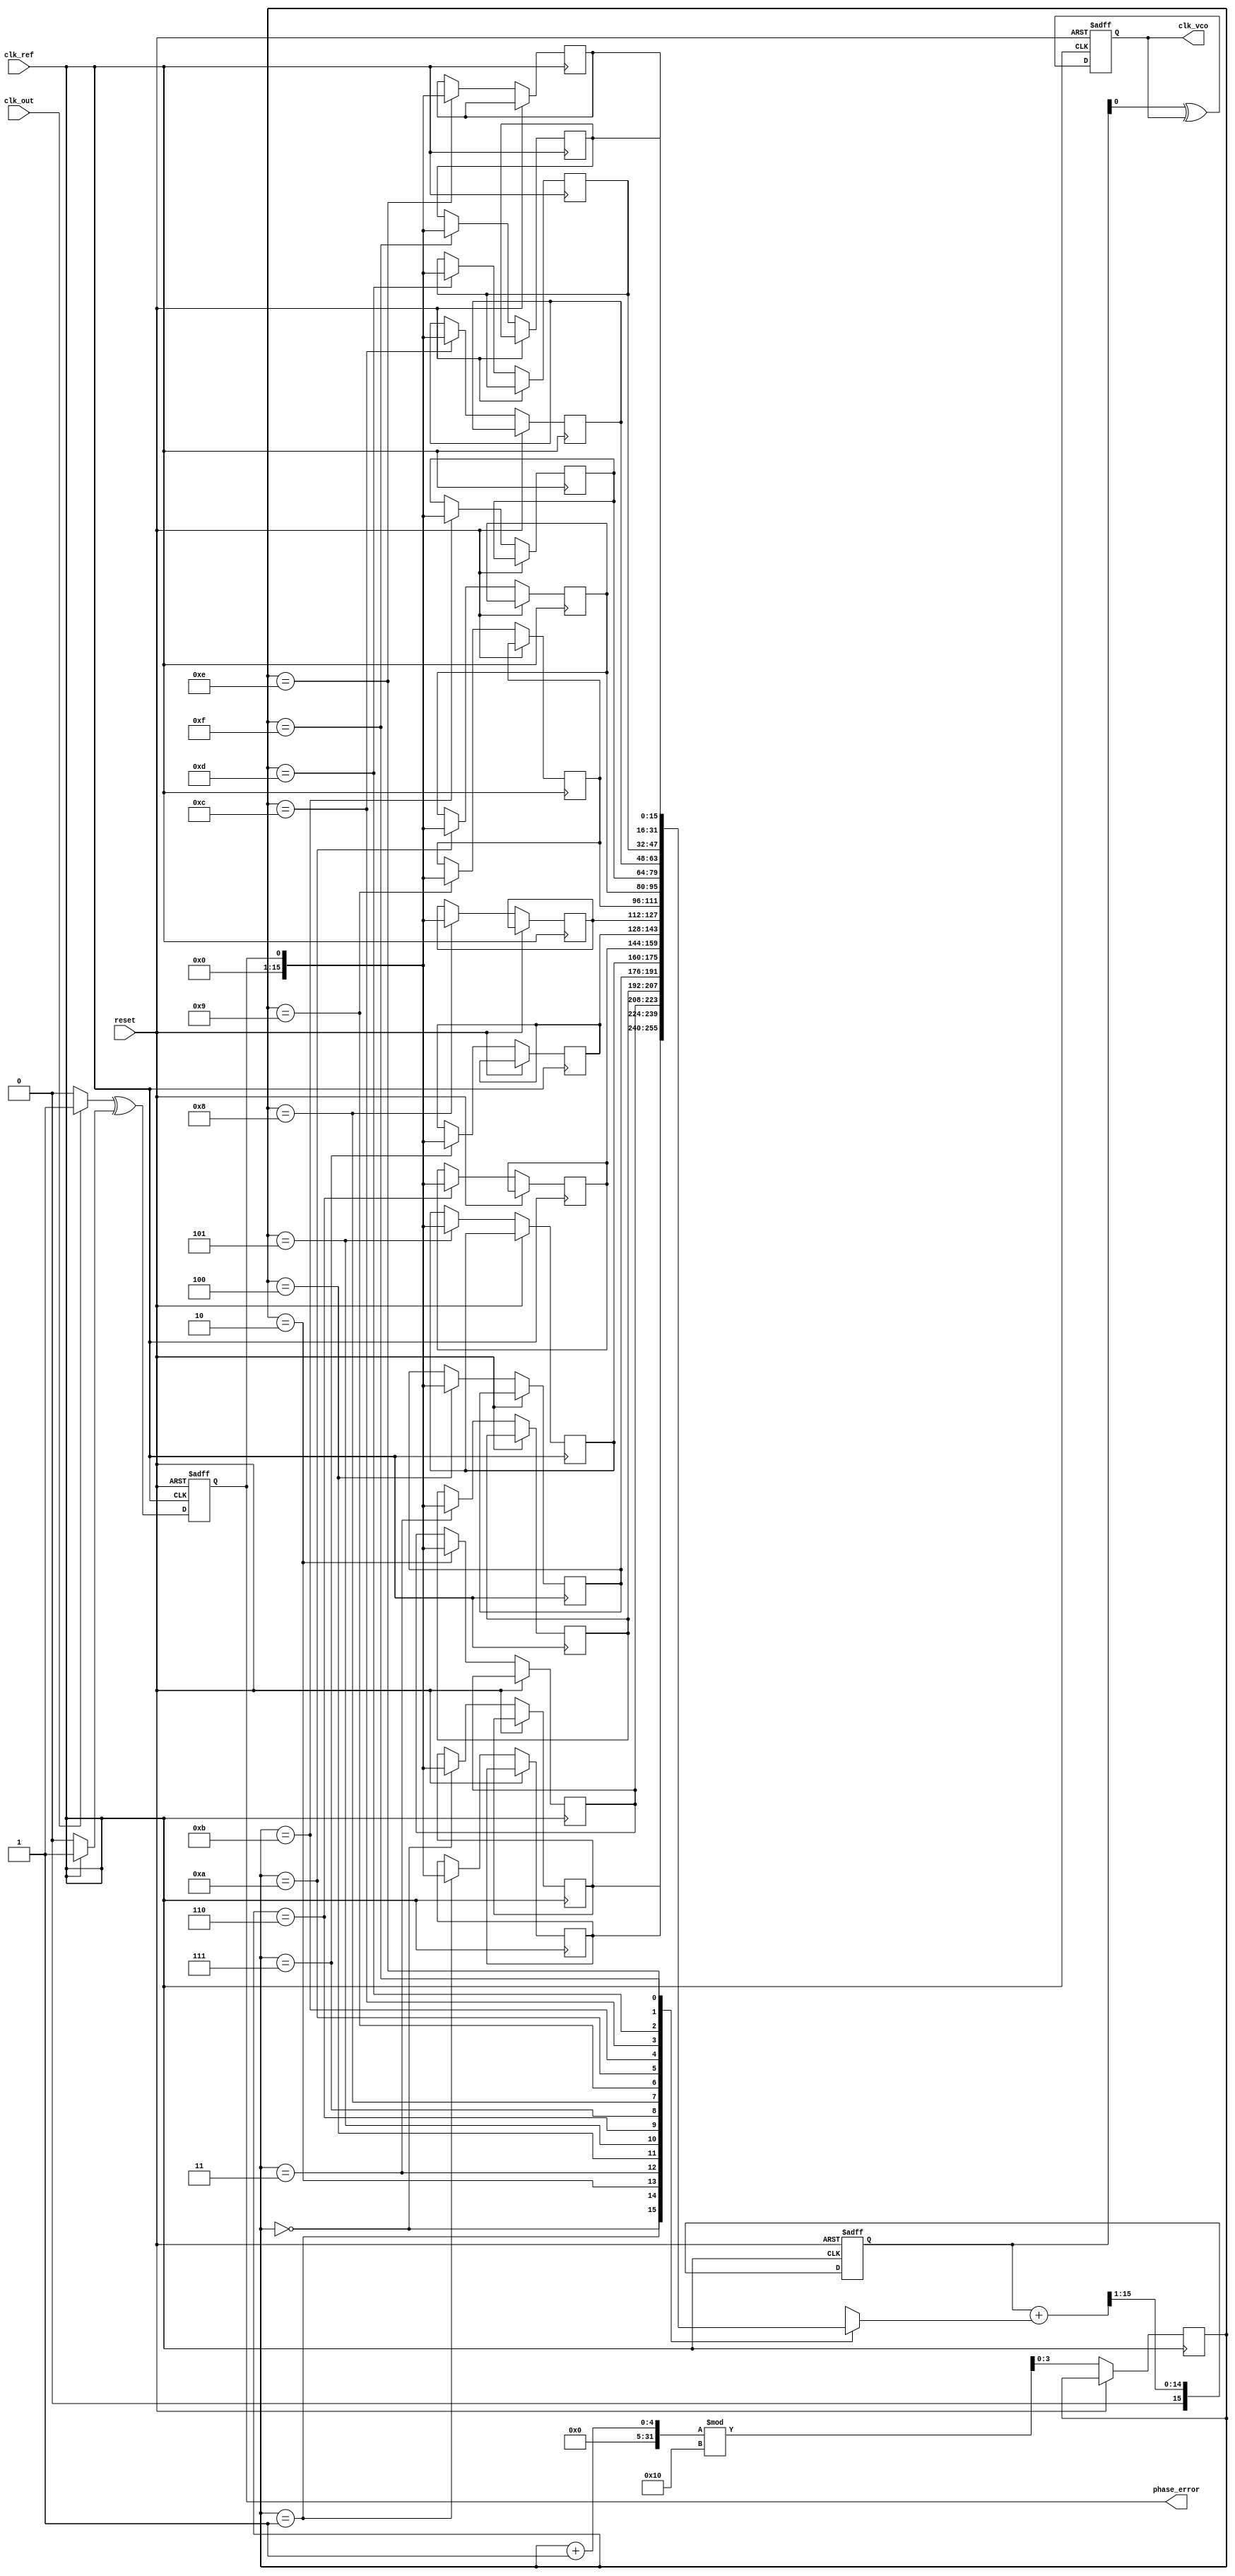
module MemoryBlocksPLL (
    input wire clk_ref,         // Reference clock input
    input wire clk_out,         // Output clock signal from VCO
    input wire reset,           // Reset signal
    output reg clk_vco,         // VCO output clock
    output reg phase_error       // Phase error output
);

    // Parameters for loop filter
    parameter integer FILTER_ORDER = 4;
    parameter integer MEMORY_DEPTH = 16; // Depth of memory blocks

    // Memory blocks for storing phase error values and control signals
    reg [15:0] phase_error_memory [0:MEMORY_DEPTH-1];
    reg [15:0] control_voltage_memory [0:MEMORY_DEPTH-1];
    reg [3:0] memory_index;

    // Phase Detector (PD)
    always @(posedge clk_ref or posedge reset) begin
        if (reset) begin
            phase_error <= 0;
        end else begin
            // Simple phase detection logic (could be improved)
            phase_error <= (clk_out ? 1 : 0) ^ (clk_ref ? 1 : 0);
            // Store the phase error in memory
            phase_error_memory[memory_index] <= phase_error;
            memory_index <= (memory_index + 1) % MEMORY_DEPTH;
        end
    end

    // Loop Filter (LF)
    reg [15:0] filtered_error;

    always @(posedge clk_ref or posedge reset) begin
        if (reset) begin
            filtered_error <= 0;
        end else begin
            // Implement a simple low-pass filter (moving average)
            filtered_error <= (filtered_error + phase_error_memory[memory_index]) >> 1;
            // Store the control voltage in memory
            control_voltage_memory[memory_index] <= filtered_error;
        end
    end

    // Voltage-Controlled Oscillator (VCO)
    always @(posedge clk_ref or posedge reset) begin
        if (reset) begin
            clk_vco <= 0;
        end else begin
            // Adjust VCO frequency based on control voltage
            // Simple frequency control based on the filtered error
            clk_vco <= (filtered_error[0] ^ clk_vco); // Example toggle logic
        end
    end

    // Feedback Path
    always @(posedge clk_ref or posedge reset) begin
        if (reset) begin
            // Reset logic if needed
        end else begin
            // Feedback mechanism could be implemented here
        end
    end

endmodule